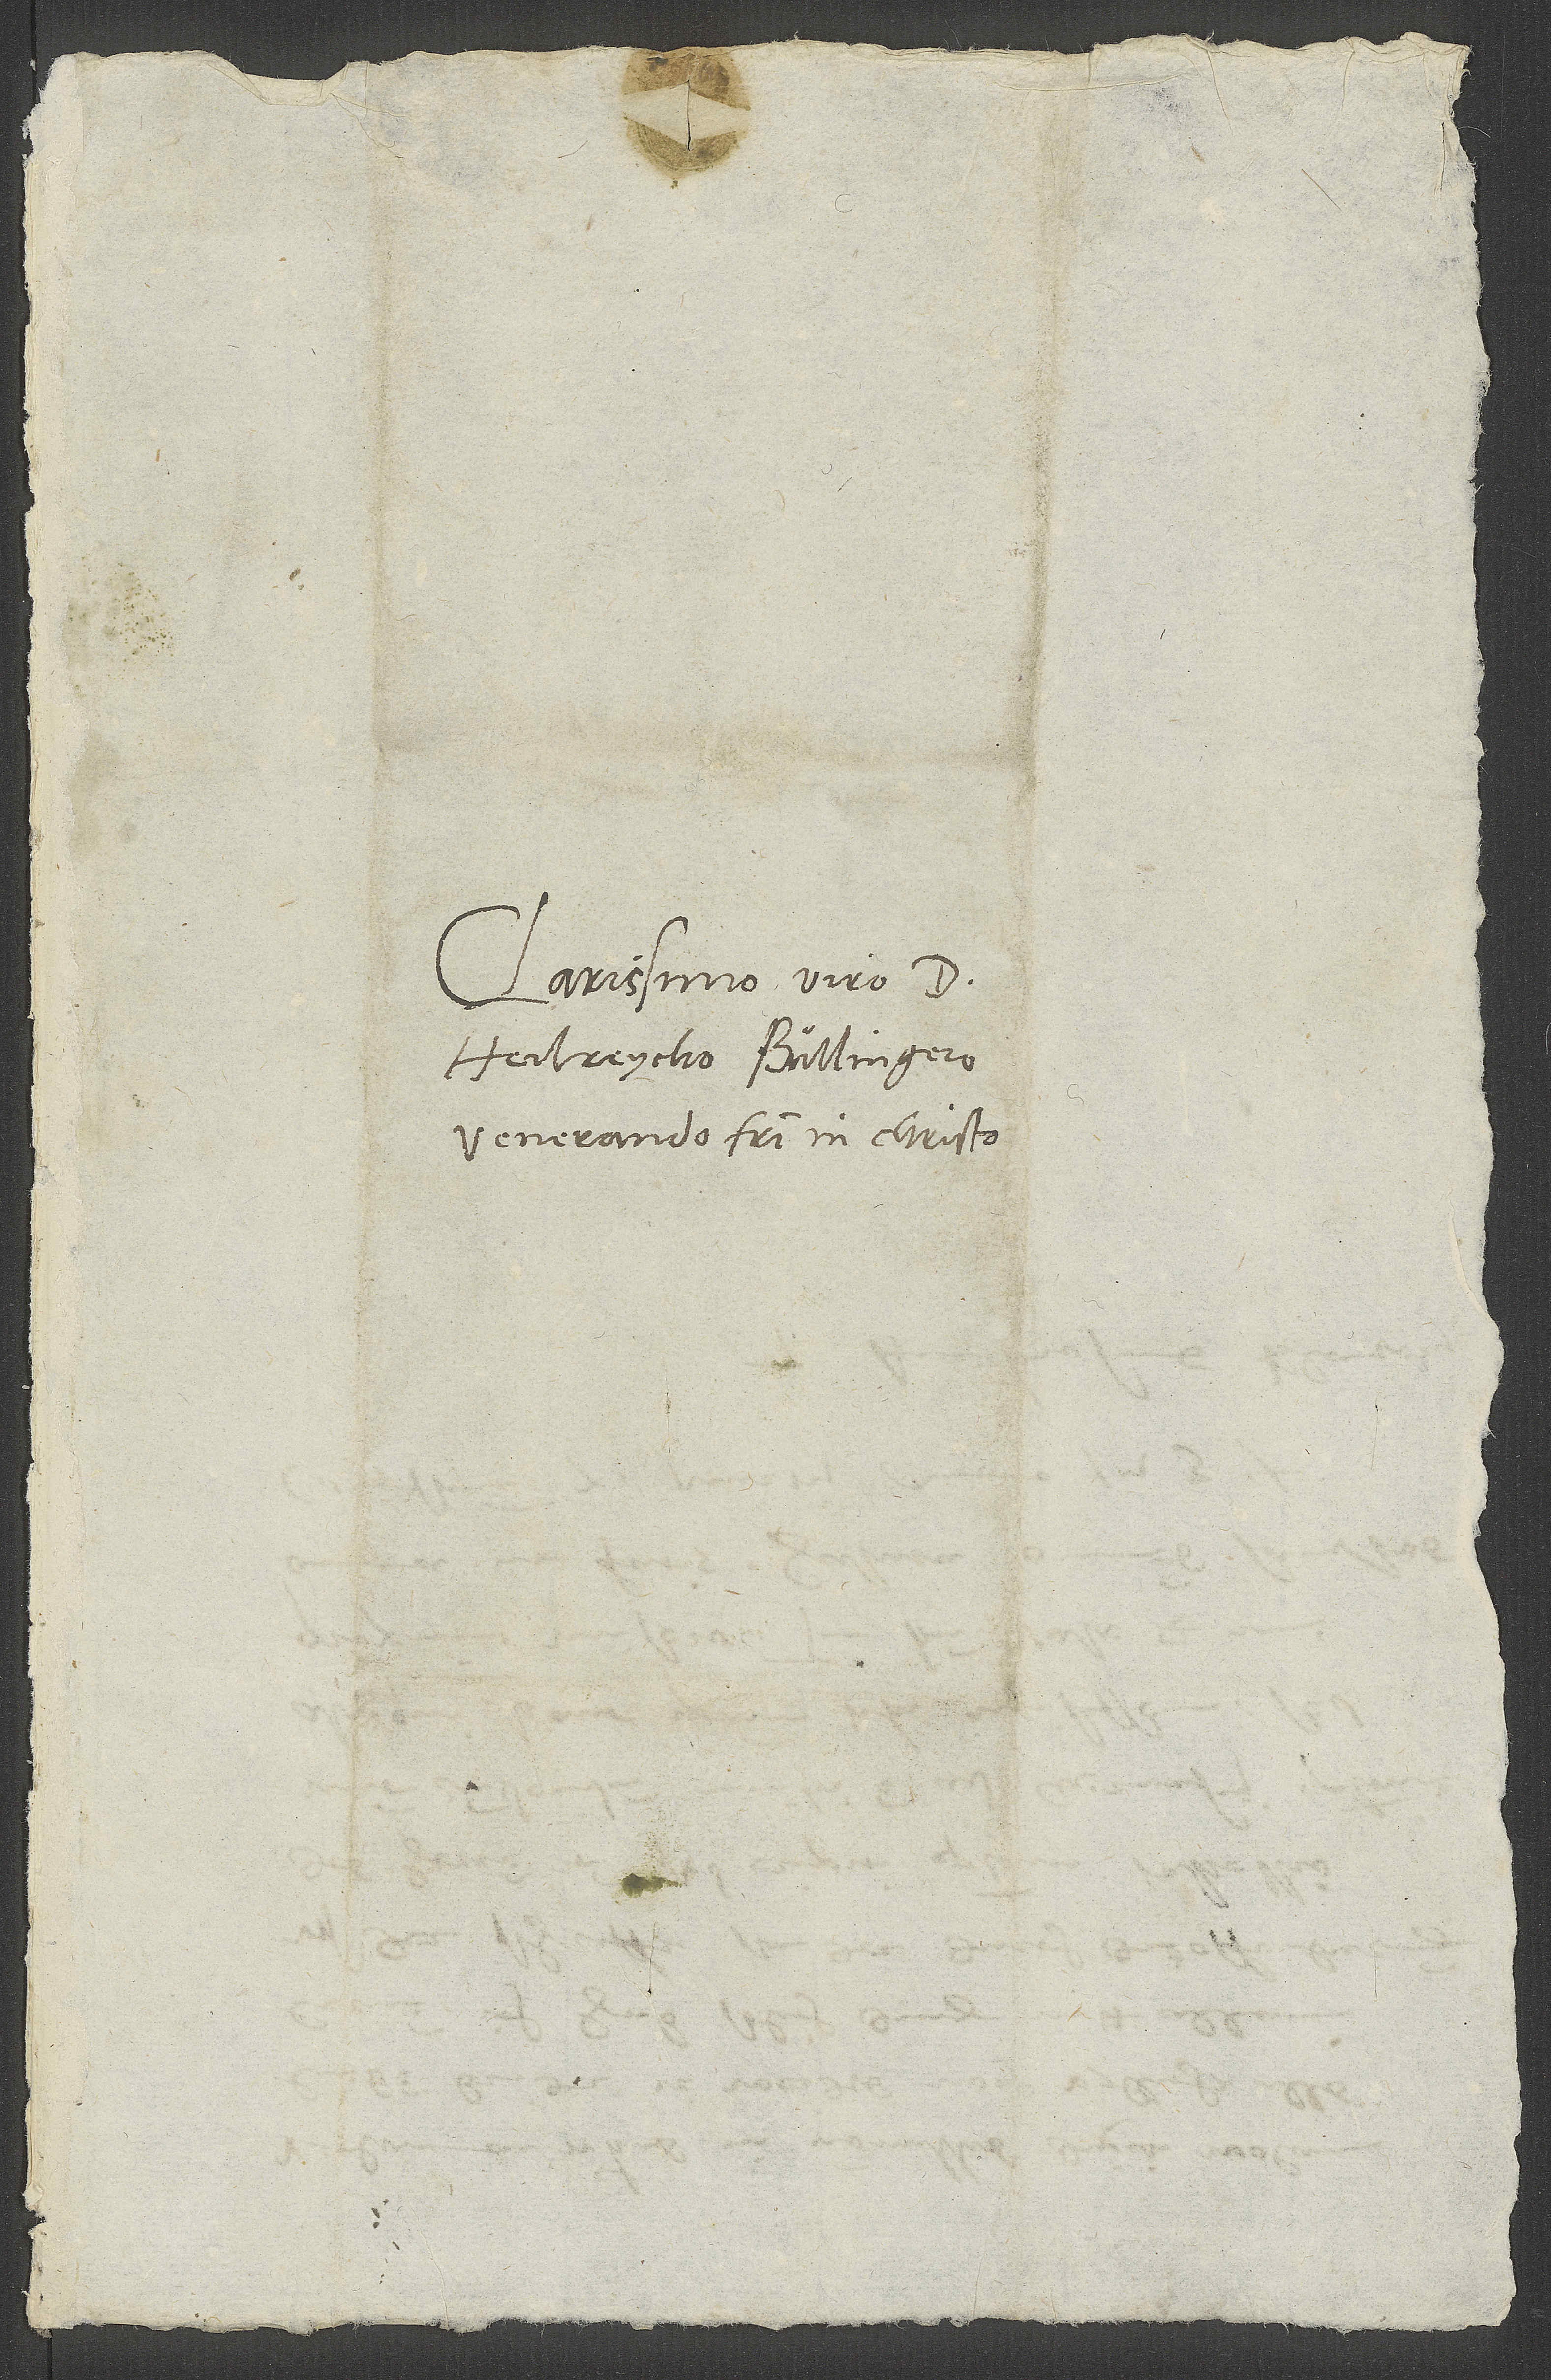
Clarissimo viro d.
Heilreycho Bullingero,
venerando fratri in Christo.